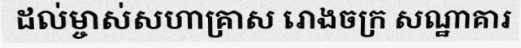
ដល់ម្ចាស់សហាគ្រាស រោងចក្រ សណ្ឋាគារ